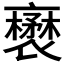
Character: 𧝺